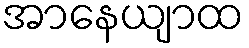
အာနေယျာထ